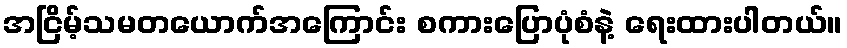
အငြိမ့်သမတယောက်အကြောင်း စကားပြောပုံစံနဲ့ ရေးထားပါတယ်။